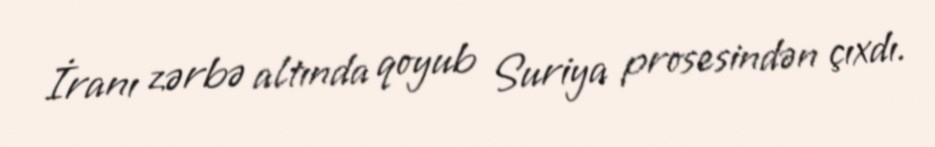
İranı zərbə altında qoyub Suriya prosesindən çıxdı.